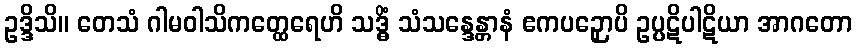
ဥဒ္ဒိသိ။ တေသံ ဂါမဝါသိကတ္ထေရေဟိ သဒ္ဓိံ သံသန္ဒေန္တာနံ ဧကပဉှောပိ ဥပ္ပဋိပါဋိယာ အာဂတော